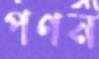
পণন